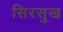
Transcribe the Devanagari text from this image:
सिरसुख